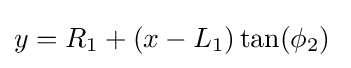
y=R_{1}+(x-L_{1})\tan(\phi _{2})\;